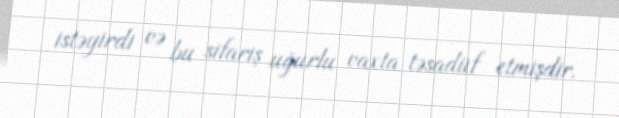
istəyirdi və bu sifariş uğurlu vaxta təsadüf etmişdir.